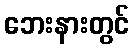
ဘေးနားတွင်